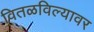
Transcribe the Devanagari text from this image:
वितळविल्यावर